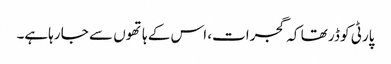
پارٹی کو ڈر تھا کہ گجرات، اس کے ہاتھوں سے جا رہاہے۔